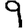
Digit: 9